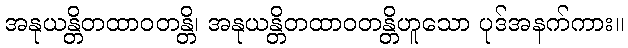
အနုယန္တိတထာဝတန္တိ၊ အနုယန္တိတထာဝတန္တိဟူသော ပုဒ်အနက်ကား။